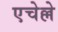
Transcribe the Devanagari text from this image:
एचेल्ले